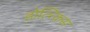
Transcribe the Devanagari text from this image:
होत्च्किस